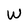
Character: W